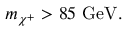
m _ { \chi ^ { + } } > 8 5 \mathrm { ~ G e V } .